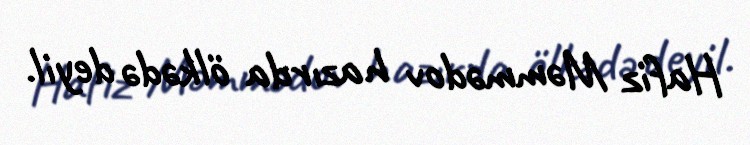
Hafiz Məmmədov hazırda ölkədə deyil.